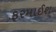
ફરમાઈશ